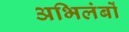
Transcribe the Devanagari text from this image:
अभिलंबों